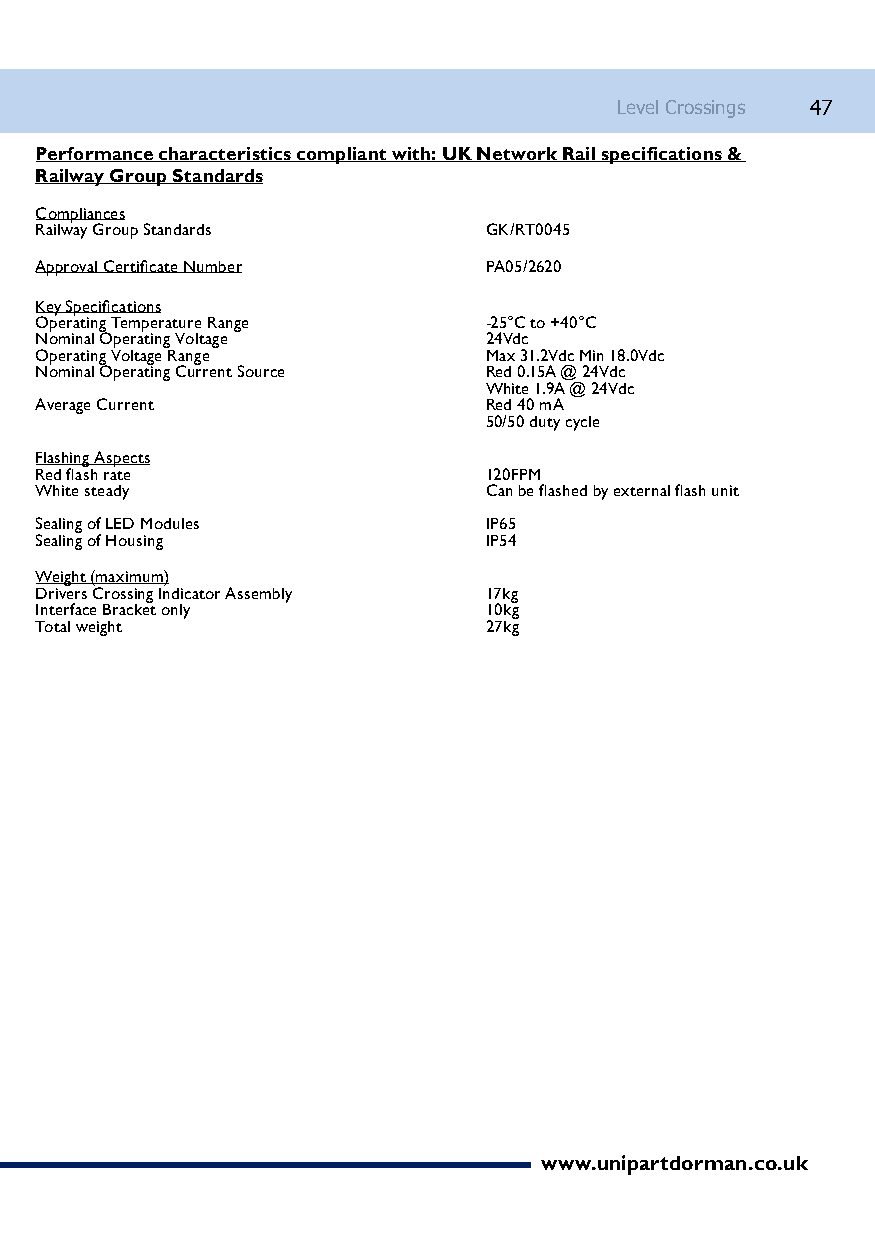
Level Crossings 47
 Performance characteristics compliant with: UK Network Rail specifications &
 Railway Group Standards
 Compliances
 Railway Group Standards       GK/RT0045
 Approval Certificate Number PA05/2620
 Key Specifications
 Operating Temperature Range   -25°C to +40°C
 Nominal Operating Voltage     24Vdc
 Operating Voltage Range       Max 31.2Vdc Min 18.0Vdc
 Nominal Operating Current Source Red 0.15A @ 24Vdc
 White 1.9A @ 24Vdc
 Average Current               Red 40 mA
 50/50 duty cycle
 Flashing Aspects
 Red flash rate                120FPM
 White steady                  Can be flashed by external flash unit
 Sealing of LED Modules        IP65
 Sealing of Housing            IP54
 Weight (maximum)
 Drivers Crossing Indicator Assembly 17kg
 Interface Bracket only        10kg
 Total weight             27kg
 www.unipartdorman.co.uk